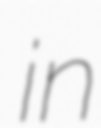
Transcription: in